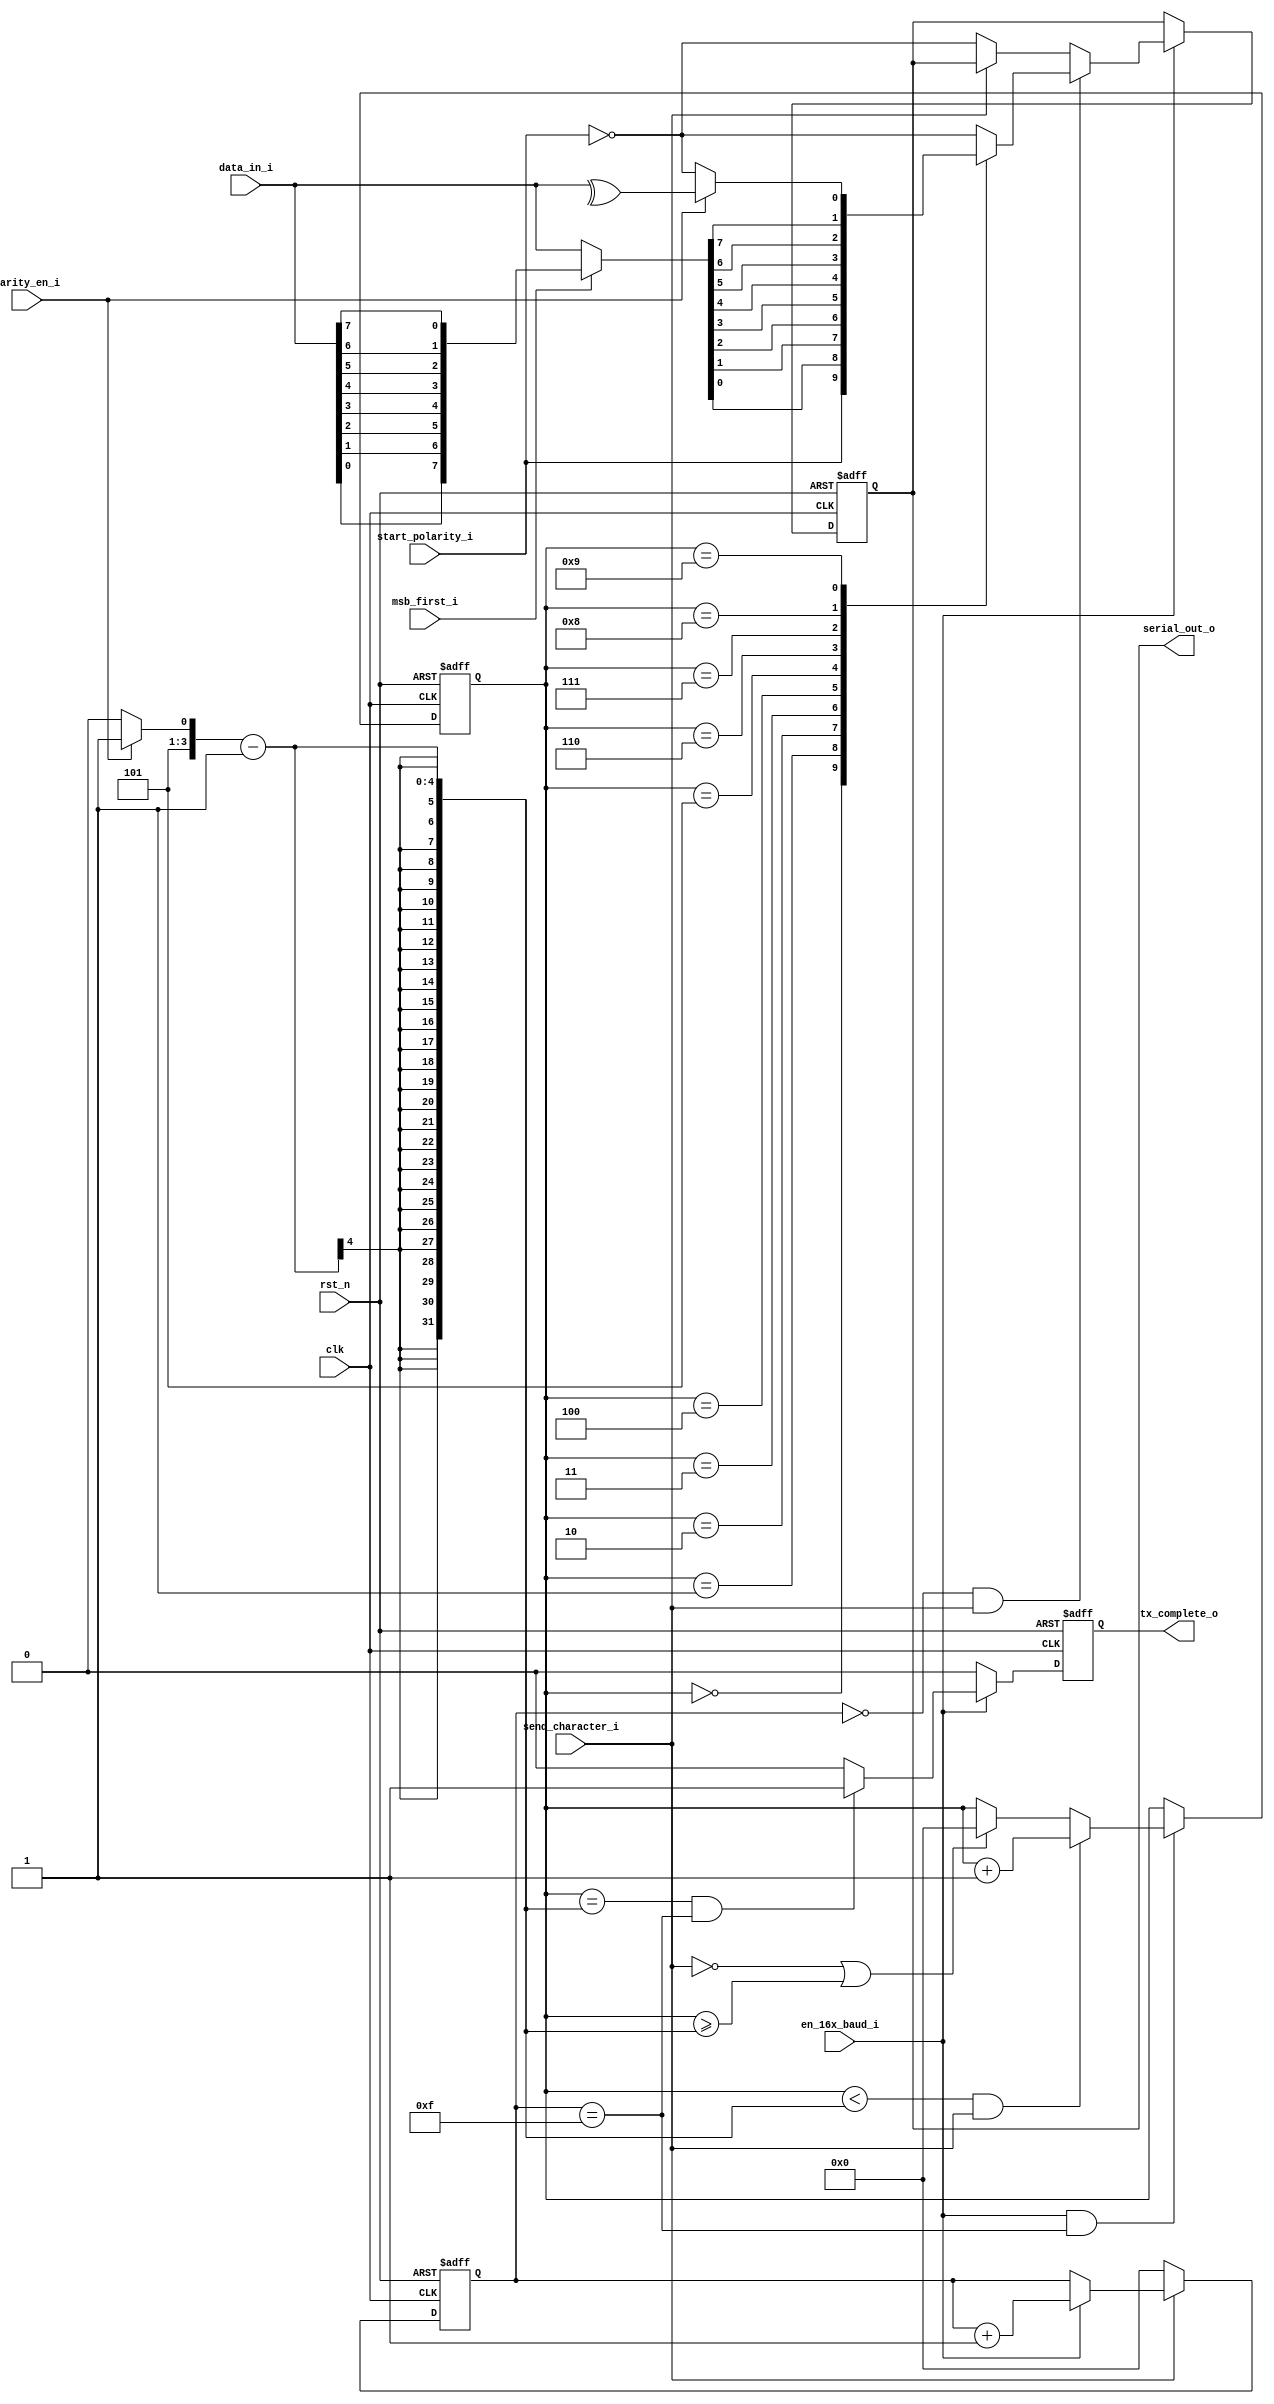
/*++
//  Description : constant compact uart transmitter
--*/

`timescale 1ns/10fs

module kcuart_tx(
  input          clk     ,
  input          rst_n   ,      //active low reset
                                
  input          msb_first_i      ,    //0: lsb first; 1: msb first                        
  input          parity_en_i      ,    //0: no parity; 1: has parity
  input          start_polarity_i ,    //0: low start bit, high stop bit; 1: high start bit, low stop bit 
                                
  input  [7:0]   data_in_i        ,
  input          send_character_i ,
  input          en_16x_baud_i   ,
  
  output reg     serial_out_o     ,
  output reg     tx_complete_o      
);
  wire [3:0]      bit_count_p1;
  reg  [3:0]      bit_count;
  wire [3:0]      baud_count_p1;
  reg  [3:0]      baud_count;

  wire       start_polarity = start_polarity_i;
  wire       stop_polarity = ~start_polarity;

  //count bit cycles
  assign baud_count_p1 = baud_count + 1;
  
  always @(posedge clk or negedge rst_n) begin
    if(!rst_n)
      baud_count <= 4'd0;
    else if(send_character_i == 1'b0)
      baud_count <= 4'd0;
    else if(en_16x_baud_i == 1'b1)
      baud_count <= baud_count_p1;
  end

  //count bit numbers
  wire [3:0] bit_num = (parity_en_i == 1'b0) ? 10 : 11;
  assign bit_count_p1 = bit_count + 1;

  always @(posedge clk or negedge rst_n) begin
    if(!rst_n)
      bit_count <= 4'd0;
    else if(en_16x_baud_i == 1'b1 && baud_count == 4'd15) begin
      if(bit_count < (bit_num - 1) && send_character_i == 1'b1)
        bit_count <= bit_count_p1;
      else if(send_character_i == 1'b0 || bit_count >= (bit_num - 1))
        bit_count <= 4'd0;
    end
  end
  
  //put serial data out
  wire         parity_bit = ^data_in_i[7:0];
  wire [8:0]   data_sent = (msb_first_i == 1'b0) ? {parity_bit, data_in_i[7:0]} : {parity_bit, data_in_i[0], data_in_i[1],
                                  data_in_i[2], data_in_i[3], data_in_i[4], data_in_i[5], data_in_i[6], data_in_i[7]};

  always @(posedge clk or negedge rst_n) begin
    if(!rst_n)
      serial_out_o <= 1'b1;
    else if(en_16x_baud_i == 1'b1) begin
      if(baud_count == 4'b0 && send_character_i == 1'b1) 
        case(bit_count)
          4'd0:  serial_out_o <= start_polarity; //start bit
          4'd1:  serial_out_o <= data_sent[0];
          4'd2:  serial_out_o <= data_sent[1];
          4'd3:  serial_out_o <= data_sent[2];
          4'd4:  serial_out_o <= data_sent[3];
          4'd5:  serial_out_o <= data_sent[4];
          4'd6:  serial_out_o <= data_sent[5];
          4'd7:  serial_out_o <= data_sent[6];
          4'd8:  serial_out_o <= data_sent[7];
          4'd9:  
            if(parity_en_i == 1'b1) 
              serial_out_o <= data_sent[8];
            else
              serial_out_o <= stop_polarity;   //stop bit
          default: serial_out_o <= stop_polarity;
        endcase
      else if(send_character_i == 1'b0)
        serial_out_o <= stop_polarity;
    end
  end
  
  always @(posedge clk or negedge rst_n) begin
    if(!rst_n)
      tx_complete_o <= 1'b0;
    else if(en_16x_baud_i == 1'b1) begin
      if(bit_count == (bit_num - 1) && baud_count == 4'd15)
        tx_complete_o <= 1'b1;
      else
        tx_complete_o <= 1'b0;
    end
    else
      tx_complete_o <= 1'b0;
  end
endmodule